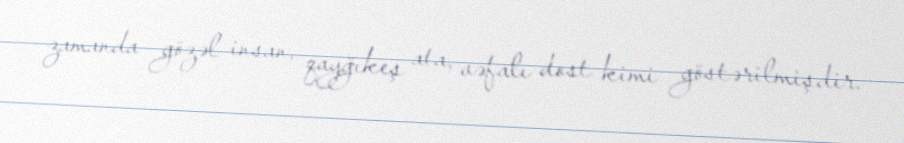
zamanda gözəl insan, qayğıkeş ata, vəfalı dost kimi göstərilmişdir.